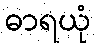
ဓာရယုံ